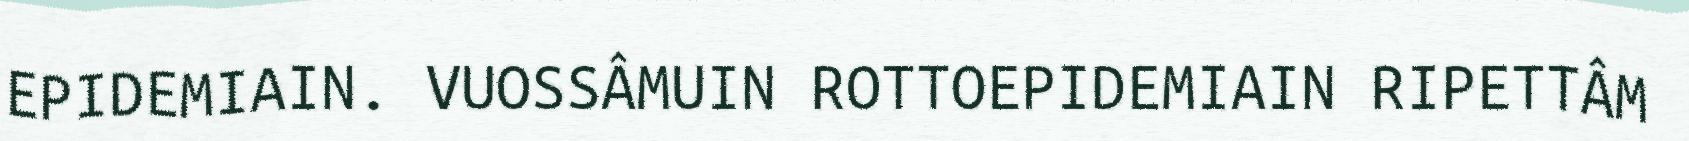
EPIDEMIAIN. VUOSSÂMUIN ROTTOEPIDEMIAIN RIPETTÂM